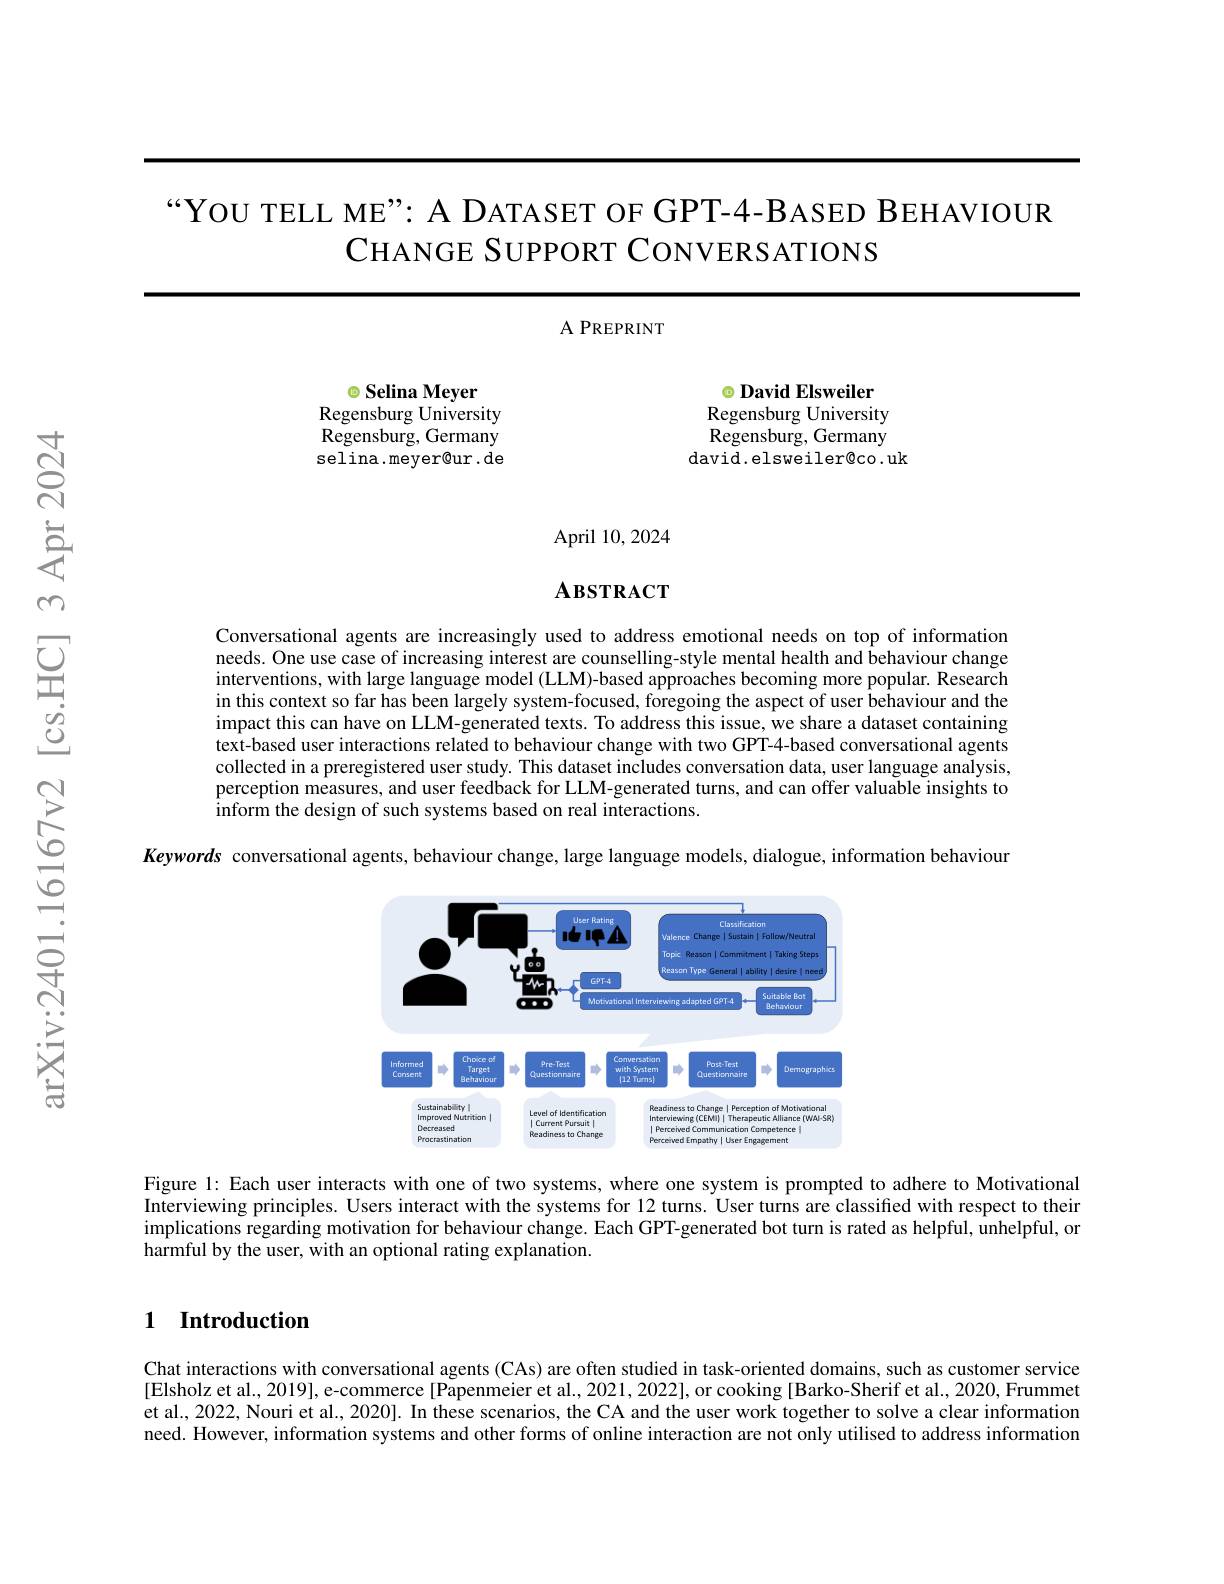
“YOU TELL ME”: A DATASET OF GPT-4-BASED BEHAVIOUR
CHANGE SUPPORT CONVERSATIONS

<FigureHere>

April 10,2024

### $\mathbf{A}\mathbf{B}\mathbf{S}\mathbf{T}\mathbf{R}\mathbf{A}\mathbf{C}\mathbf{T}$

Conversational agents are increasingly used to address emotional needs on top of information needs. One use case of increasing interest are counselling-style mental health and behaviour change interventions, with large language model (LLM)-based approaches becoming more popular. Research in this context so far has been largely system-focused, foregoing the aspect of user behaviour and the impact this can have on LLM-generated texts. To address this issue, we share a dataset containing text-based user interactions related to behaviour change with two GPT-4-based conversational agents collected in a preregistered user study. This dataset includes conversation data, user language analysis, perception measures, and user feedback for LLM-generated turns, and can offer valuable insights to inform the design of such systems based on real interactions.

Keywords conversational agents, behaviour change, large language models, dialogue, information behaviour

<FigureHere>

Figure 1: Each user interacts with one of two systems, where one system is prompted to adhere to Motivational Interviewing principles. Users interact with the systems for 12 turns. User turns are classified with respect to their implications regarding motivation for behaviour change. Each GPT-generated bot turn is rated as helpful, unhelpful, or $\hat{\text{harmful by the user, with an optional rating explanation.}}$

### 1 Introduction

Chat interactions with conversational agents (CAs) are often studied in task-oriented domains, such as customer service [Elsholz et al., 2019], e-commerce[Papenmeier et al., 2021, 2022], or cooking [Barko-Sherif et al., 2020, Frummet et al., 2022, Nouri et al., 2020]. In these scenarios, the CA and the user work together to solve a clear information need. However, information systems and other forms of online interaction are not only utilised to address information